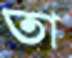
তা